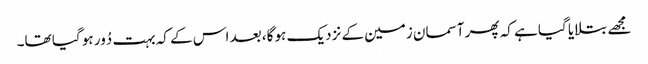
مجھے بتلایا گیا ہے کہ پھر آسمان زمین کے نزدیک ہو گا، بعد اس کے کہ بہت دُور ہو گیا تھا۔